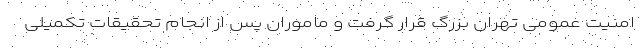
امنیت عمومی تهران بزرگ قرار گرفت و ماموران پس از انجام تحقیقات تکمیلی